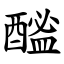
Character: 䤉